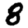
Digit: 8